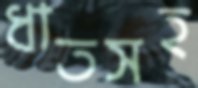
ধাতসহ